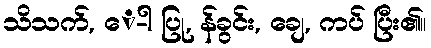
သိသက်, ေ-ါ ပြု, န်ခွင်း, ချေ, ကပ် ပြီး၏။